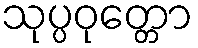
သုပ္ပဝုတ္တော